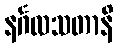
နင်္ဂလသတာနိ